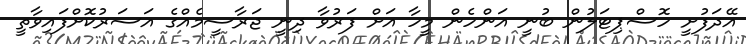
އޭދަފުށީ ހޮސްޕިޓަލުން ބުނީ އަންހެން މީހާ އަށް ފަރުވާ ދިނީ ޖަރާސީމެއްގެ އަސަރުކޮށްފައިވާތީ